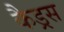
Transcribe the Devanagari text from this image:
कैड्रस